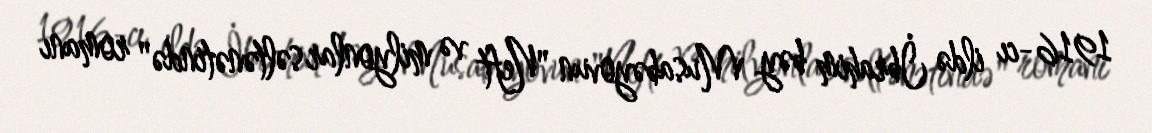
1916-cı ildə İbrahim bəy Musabəyovun "Neft və milyonlar səltənətində" romanı